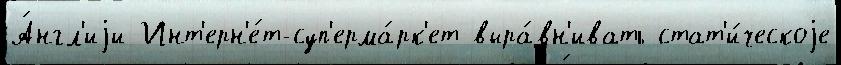
А́нгл'иjи Инт'ерн'е́т-суп'ерма́рк'ет выра́вн'ивать стат'и́ческоjе